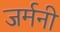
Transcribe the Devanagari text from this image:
जर्मनी